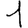
Digit: 1